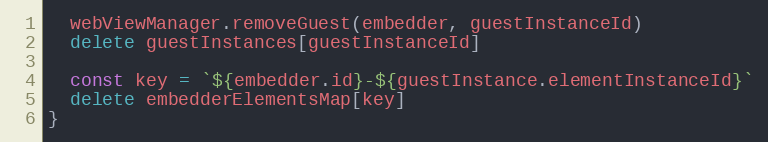
Language: JavaScript
  webViewManager.removeGuest(embedder, guestInstanceId)
  delete guestInstances[guestInstanceId]

  const key = `${embedder.id}-${guestInstance.elementInstanceId}`
  delete embedderElementsMap[key]
}